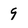
Character: 9